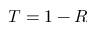
T = 1 - R